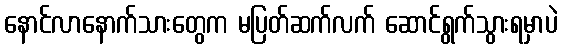
နောင်လာနောက်သားတွေက မပြတ်ဆက်လက် ဆောင်ရွက်သွားရမှာပဲ